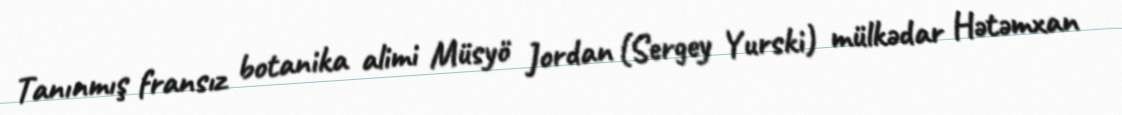
Tanınmış fransız botanika alimi Müsyö Jordan (Sergey Yurski) mülkədar Hətəmxan